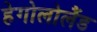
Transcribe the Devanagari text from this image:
हेगोलोलैंड